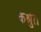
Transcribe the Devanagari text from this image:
कश्रुत